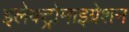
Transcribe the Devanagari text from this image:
इलेक्ट्रोमाइग्रेशन